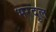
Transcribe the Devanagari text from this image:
भरदुल